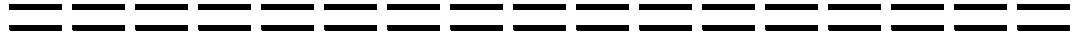
=================